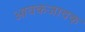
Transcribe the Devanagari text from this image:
आवकजावक